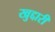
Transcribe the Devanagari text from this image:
खुद्दारी